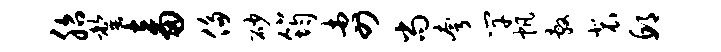
胎罄畜侈砂筠杏四尚夸竿帆敷裴邱